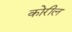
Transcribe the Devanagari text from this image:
कोरील